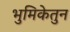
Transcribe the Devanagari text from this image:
भुमिकेतुन